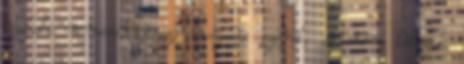
valaki nemesen érez, hisz és szeret, de nem látszik